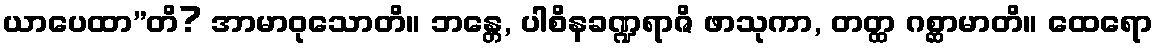
ယာပေထာ”တိ? အာမာဝုသောတိ။ ဘန္တေ, ပါစိနခဏ္ဍရာဇိ ဖာသုကာ, တတ္ထ ဂစ္ဆာမာတိ။ ထေရော